Lunatic asylums in Bengal annual reports 1912-1924 - 1912-1924
Year: 1912
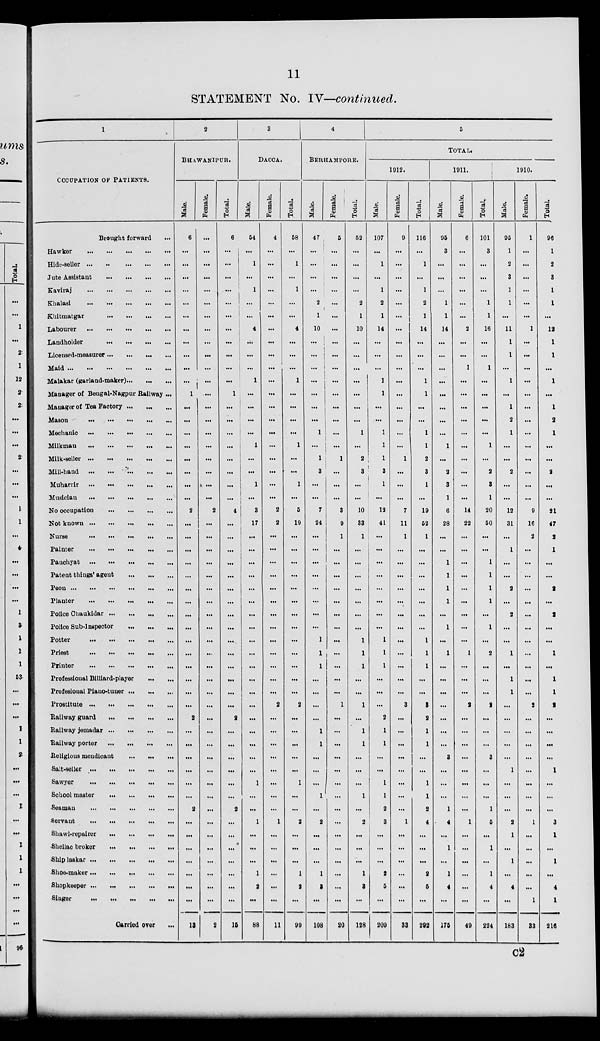
11
STATEMENT No. IV—continued.
1
OCCUPATION OF PATIENTS.
Brought forward ...
Hawker
...
...
...
...
...
Hide-seller
...
...
...
...
...
Jute Assistant
...
...
...
...
Kaviraj
...
...
...
...
...
Khalasi
...
...
...
...
...
Khitmatgar
...
...
...
...
Labourer ... ... ... ... ...
Landholder
...
...
...
...
Liceused-measurer ... ... ... ...
Maid
...
...
...
...
...
...
Malakar (garland-maker) ... ... ...
Manager of Bengal-Nagpur Railway ...
Mauager of Tea Factory ... ... ...
Mason
...
...
...
...
...
Mechanic
...
...
...
...
...
Milkman
...
...
...
...
...
Milk-seller
...
...
...
...
...
Mill-hand
...
...
...
...
...
Muharrir
...
...
...
...
...
Musician
...
...
...
...
...
No occupation ... ... ... ... ...
Not known
...
...
...
...
...
Nurse
...
...
...
...
...
Fainter
...
...
...
...
...
Panchyat
...
...
...
...
...
Patent things' agent
...
...
...
Peon
...
...
...
...
...
...
Planter
...
...
...
...
...
Police Chaukidar ... ... ... ...
Police Sub-Inspector
...
...
...
Potter
...
...
...
...
...
Priest
...
...
...
...
...
Printer
...
...
...
...
...
Professional Billiard-player
...
...
Profesional Piano-tuner ... ... ...
Prostitute
...
...
...
...
...
Railway guard ... ... ... ...
Railway jemadar
...
...
...
...
Railway porter ... ... ... ...
Religious mendicant
...
...
...
Salt-seller
...
...
...
...
...
Sawyer
...
...
...
...
...
School master
...
...
...
...
Seaman
...
...
...
...
...
Servant
...
...
...
...
...
Shawl-repairer
...
...
...
...
Shellac broker
...
...
...
...
Ship laskar
...
...
...
...
...
Shoe-maker
...
...
...
...
...
Shopkeeper
...
...
...
...
...
Singer
...
...
...
...
...
Carried over ...
2
BHAWANIPUR.
Male.
6
...
...
...
...
...
...
...
...
...
...
...
1
...
...
...
...
...
...
...
...
2
...
...
...
...
...
...
...
...
...
...
...
...
...
...
...
2
...
...
...
...
...
...
2
...
...
...
...
...
...
...
13
Female.
...
...
...
...
...
...
...
...
...
...
...
...
...
...
...
...
...
...
...
...
...
2
...
...
...
...
...
...
...
...
...
...
...
...
...
...
...
...
...
...
...
...
...
...
...
...
...
...
...
...
...
...
2
Total.
6
...
...
...
... ...
...
...
...
...
...
...
1
...
...
...
...
...
...
...
...
4
...
...
...
...
...
...
...
...
...
...
...
...
...
...
...
2
...
...
...
...
...
...
2
...
...
...
...
...
...
...
15
3
DACCA.
Male.
54
...
1
...
1
...
...
4
...
...
...
1
...
...
...
...
1
...
...
1
...
3
17
...
...
...
...
...
...
...
...
...
...
...
...
...
...
...
...
...
...
...
1
...
...
1
...
...
...
1
2
...
88
Female.
4
...
...
...
...
...
...
...
...
...
...
...
...
...
...
...
...
...
...
...
...
2
2
...
...
...
...
...
...
...
...
...
...
...
...
...
2
...
...
...
...
...
...
...
...
1
...
...
...
...
...
...
11
Total.
58
...
1
...
1
...
...
4
...
...
...
1
...
...
...
...
1
...
...
1
...
5
19
...
...
...
...
...
...
...
...
...
...
...
...
...
2
...
...
...
...
...
1
...
...
2
...
...
...
1
2
...
99
4
BEUHAMPORE.
Male.
47
...
...
...
...
2
1
10
...
...
...
...
...
...
...
1
...
1
3
...
...
7
24
...
...
...
...
...
...
...
...
1
1
1
...
...
...
...
1
1
...
...
...
1
...
2
...
...
...
1
3
...
108
Female.
5
...
...
...
...
...
...
...
...
...
...
...
...
...
...
...
...
1
...
...
...
3
9
1
...
...
...
...
...
...
...
...
...
...
...
...
1
...
...
...
...
...
...
...
...
...
...
...
...
...
...
...
20
Total.
52
...
...
...
...
2
1
10
...
...
...
...
...
...
...
1
...
2
3
...
...
10
33
1
...
...
...
...
...
...
...
1
1
1
...
...
1
...
1
1
...
...
...
1
...
2
...
...
...
1
3
...
128
5
Total.
1912.
Male.
107
...
1
...
1
2
1
14
...
...
...
1
1
...
...
1
1
1
3
1
...
12
41
...
...
...
...
...
...
...
...
1
1
1
...
...
...
2
1
1
...
...
1
1
2
3
...
...
...
2
5
...
209
Female.
9
...
...
...
...
...
...
...
...
...
...
...
...
...
...
...
...
1
...
...
...
7
11
1
...
...
...
...
...
...
...
...
...
...
...
...
3
...
...
...
...
...
...
...
...
1
...
...
...
...
...
...
33
Total.
116
...
1
...
1
2
1
14
...
...
...
1
1
...
...
1
1
2
3
1
...
19
52
1
...
...
...
...
...
...
...
1
1
1
...
...
3
2
1
1
...
...
1
1
2
4
...
...
...
2
5
...
292
1911.
Male.
95
3
...
...
...
1
1
14
...
...
...
...
...
...
...
...
1
...
2
3
1
6
28
...
...
1
1
1
1
...
1
...
1
...
...
...
...
...
...
...
3
...
...
...
1
4
...
1
...
1
4
...
175
Female.
6
...
...
...
...
...
...
2
...
...
1
...
...
...
...
...
...
...
...
...
...
14
22
...
...
...
...
...
...
...
...
...
1
...
...
...
2
...
...
...
...
...
...
...
...
1
...
...
...
...
...
...
49
Total.
101
3
...
...
...
1
1
16
...
...
1
...
...
...
...
...
1
...
2
3
1
20
50
...
...
1
1
1
1
...
1
...
2
...
...
...
2
...
...
...
3
...
...
...
1
5
...
1
...
1
4
...
224
1910.
Male.
95
1
2
3
1
1
...
11
1
1
...
1
...
1
2
1
...
...
2
...
...
12
31
...
1
...
...
2
...
2
...
...
1
...
1
1
...
...
...
...
...
1
...
...
...
2
1
...
1
...
4
...
183
Female.
1
...
...
...
...
...
...
1
...
...
...
...
...
...
...
...
...
...
...
...
...
9
16
2
...
...
...
...
...
...
...
...
...
...
...
...
2
...
...
...
...
...
...
...
...
1
...
...
...
...
...
1
33
Total.
96
1
2
3
1
1
...
12
1
1
...
1
...
1
2
1
...
...
2
...
...
21
47
2
1
...
...
2
...
2
...
...
1
...
1
1
2
...
...
...
...
1
...
...
...
3
1
...
1
...
4
1
216
C2